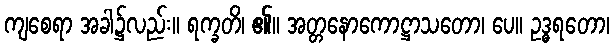
ကျစေရာ အခါ၌လည်း။ ရက္ခတိ၊ ၏။ အတ္တနောကောဋ္ဌာသတော၊ ပေ။ ဥဒ္ဓရတော၊